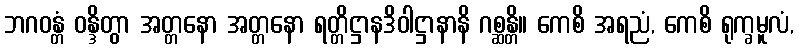
ဘဂဝန္တံ ဝန္ဒိတွာ အတ္တနော အတ္တနော ရတ္တိဋ္ဌာနဒိဝါဋ္ဌာနာနိ ဂစ္ဆန္တိ။ ကေစိ အရညံ, ကေစိ ရုက္ခမူလံ,